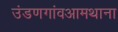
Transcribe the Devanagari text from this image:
उंडणगांवआमथाना